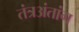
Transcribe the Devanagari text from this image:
तंत्रअंतांग